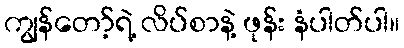
ကျွန်တော့်ရဲ့ လိပ်စာနဲ့ ဖုန်း နံပါတ်ပါ။